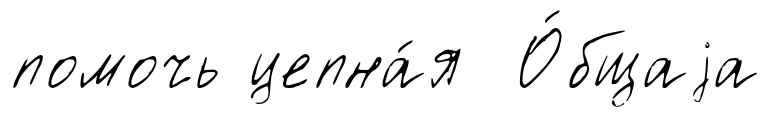
помочь цепна́я О́бщаjа